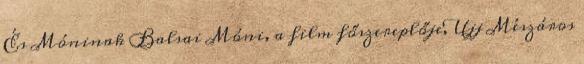
És Móninak Balsai Móni, a film főszereplője, Ujj Mészáros